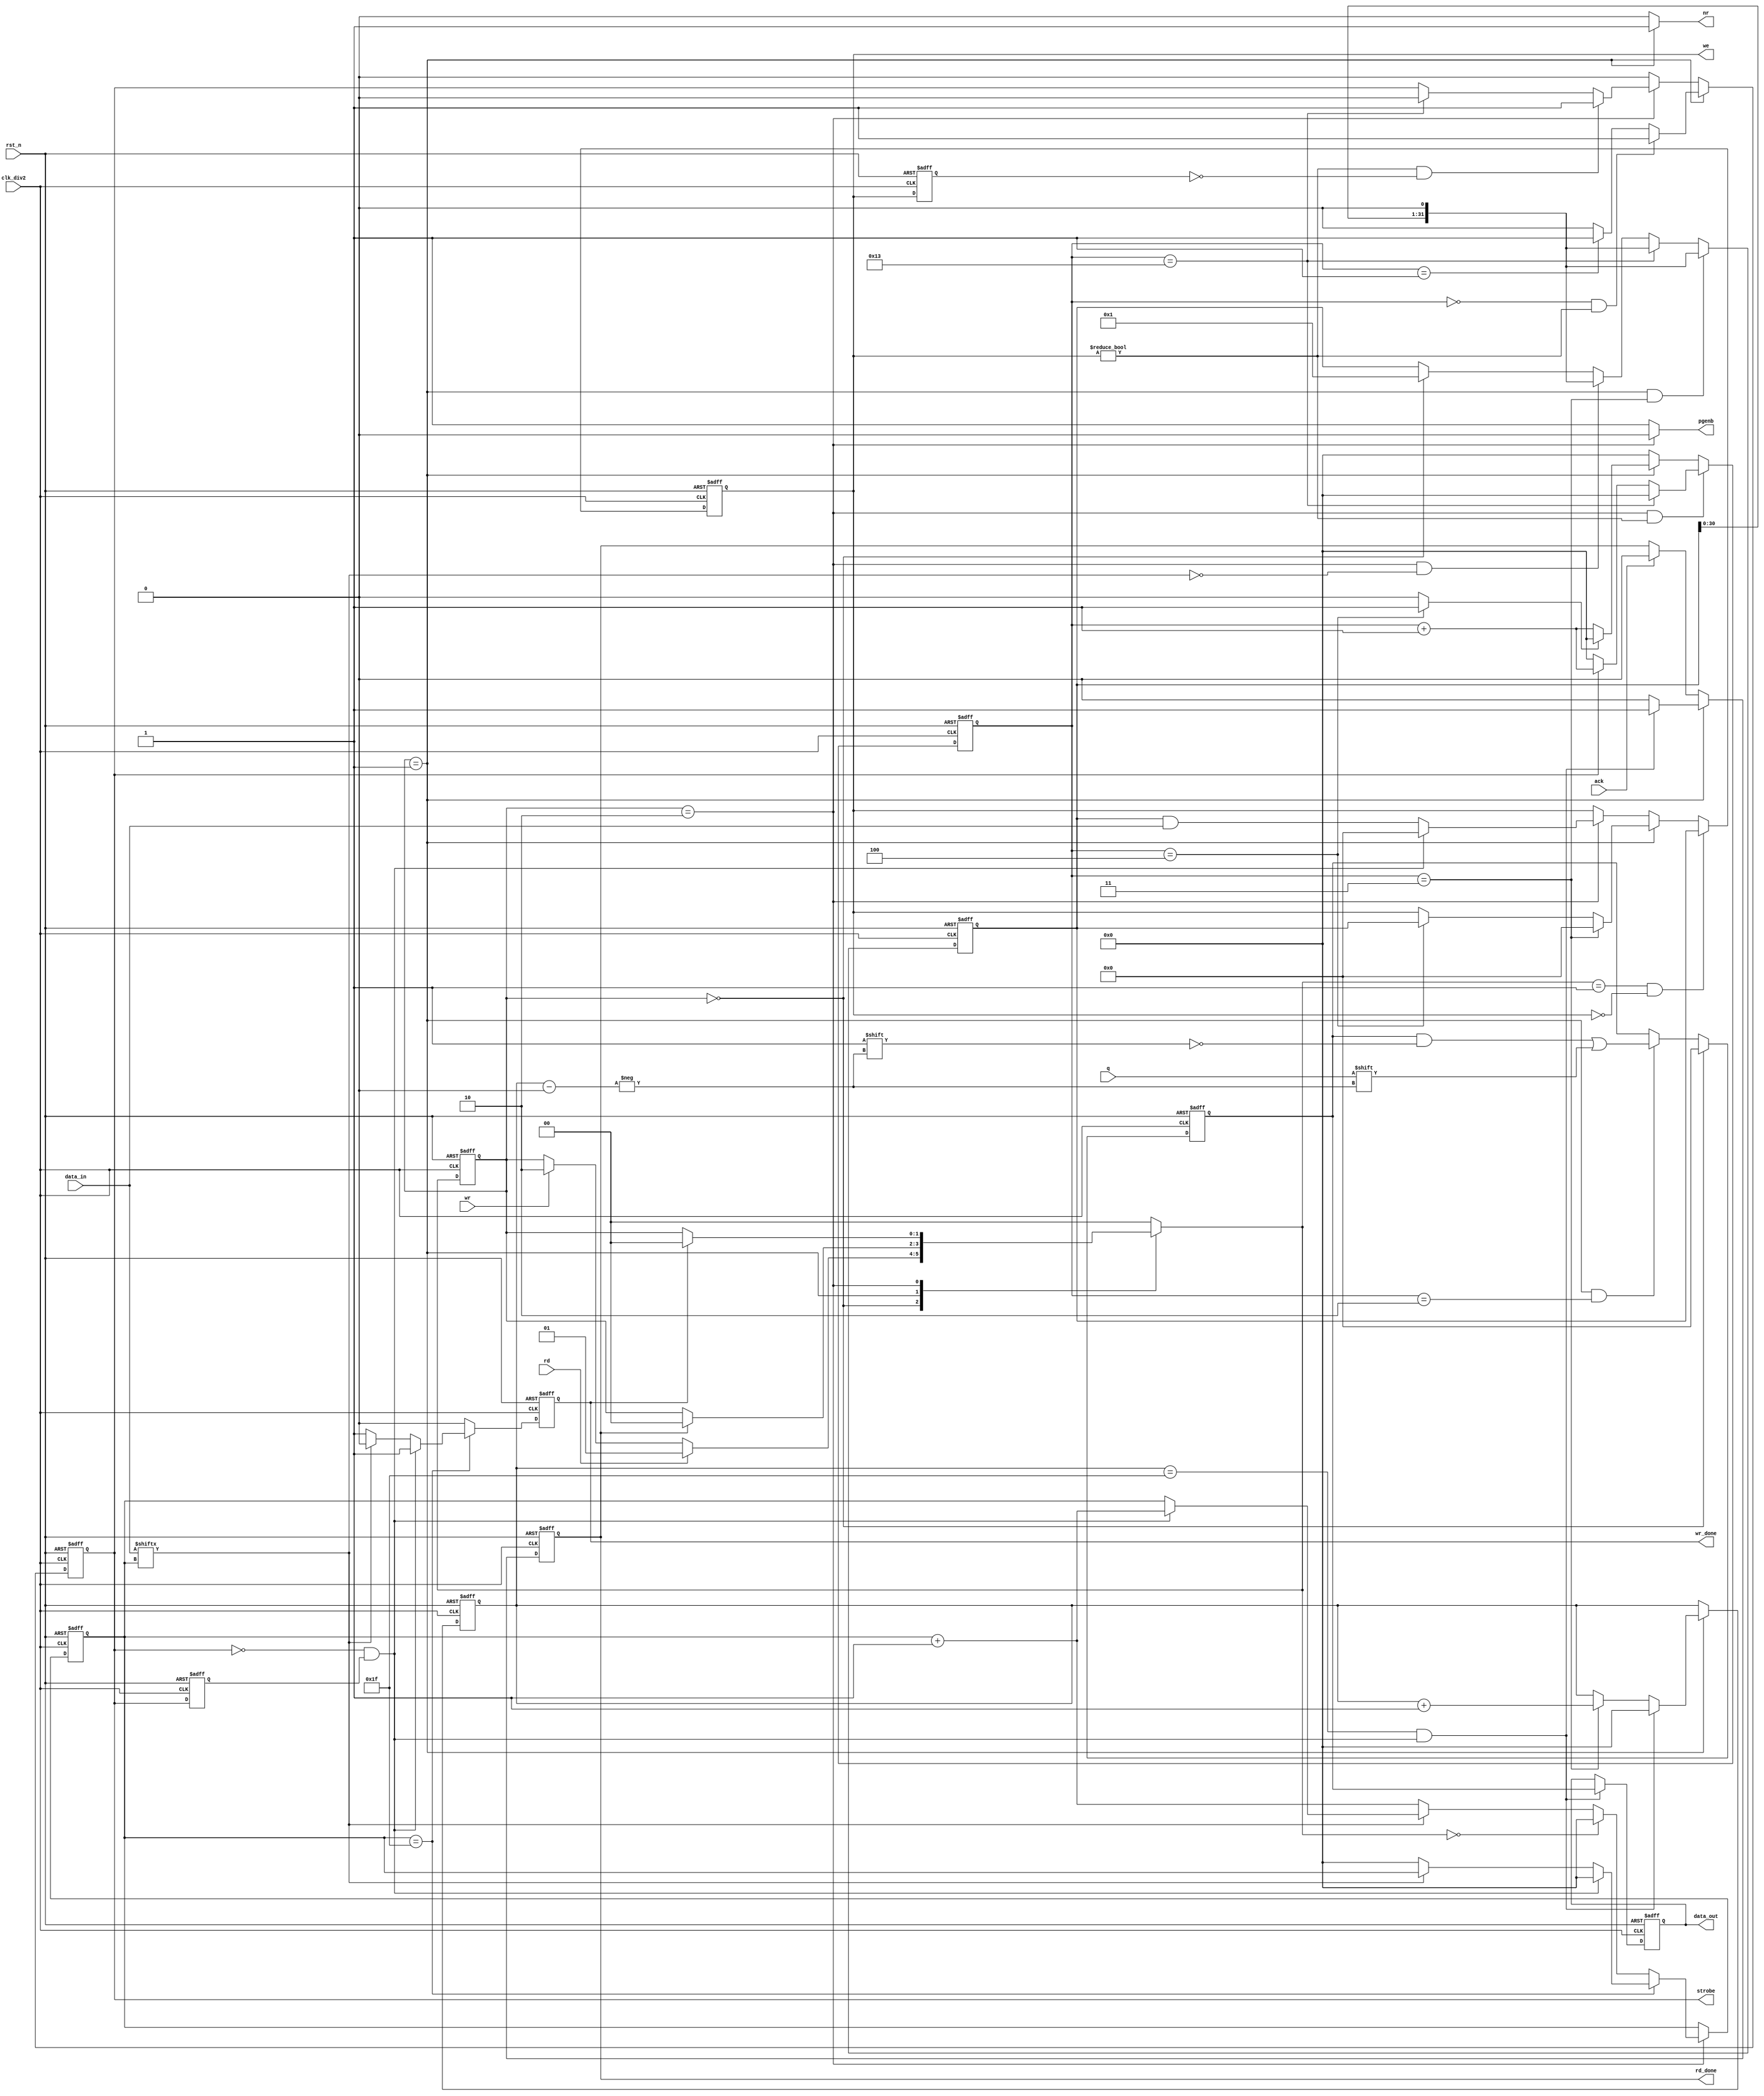
`timescale 1us / 1us
//////////////////////////////////////////////////////////////////////////////////
// Company: 
// 
// Design Name: 
// Module Name: efuse_controller
// Project Name: 
// Target Devices: 
// Tool Versions: 
// Description: 
// 
// Dependencies: 
// 
// Revision:
// Revision 0.02 - File Created
// Additional Comments:
// 
//////////////////////////////////////////////////////////////////////////////////
module efuse_controller #(parameter M=32) (

    //controller from main state machine 
    
    input rst_n ,
    input clk_div2,
    input wr    ,
    input rd    ,
    input ack   ,
    input [M-1:0] data_in       ,
    output  reg [M-1:0] data_out,

    // controller to  efuse
    input  q,
    output reg pgenb,
    output reg nr,
    output reg strobe,
    output reg [M-1:0] we,
    //output wire vdd5v,
    
    // controller to  main state machine
    output reg rd_done,
    output reg wr_done
    );



    reg [M-1:0] temp            ;
    reg [M-1:0] we_d0           ;
    reg [M-1:0] data_out_temp   ;
    reg [1:0] state_c           ;
    reg [1:0] state_n           ;
    reg [4:0] cnt_t_pgm         ;  
    reg [4:0] cnt_pgm           ;
    reg [4:0] cnt_read          ;

    reg strobe_d0   ;
    wire we_rise    ;
    wire strobe_fall;

   //FSM states 
    localparam WAIT = 2'b00 ;
    localparam READ = 2'b01 ;
    localparam PGM  = 2'b10 ;

    always @(posedge clk_div2 or negedge rst_n) begin
        if(!rst_n)
            state_c <= WAIT   ;
        else
            state_c <= state_n;
    end

    always @(*) begin
        case(state_c)
            WAIT:begin
                if(rd)
                    state_n = READ;
                else if(wr)
                    state_n = PGM;
                else
                    state_n = state_c;
            end
            READ:begin
                if(rd_done)
                    state_n = WAIT;
                else
                    state_n = state_c;
            end
            PGM:begin
                if(wr_done)
                    state_n = WAIT;
                else 
                    state_n = state_c;
            end
            default:state_n = WAIT;
        endcase
    end

    always @(*) begin
        case(state_c)
            WAIT:begin
                pgenb = 1'b1;
                nr    = 1'b0;
            end
            READ:begin
                pgenb = 1'b1;
                nr    = 1'b1;
            end
            PGM:begin
                pgenb = 1'b0;
                nr    = 1'b0;
            end
            default:begin
                pgenb = 1'b1;               
                nr    = 1'b0;           
            end
        endcase
    end

    always @(posedge clk_div2 or negedge rst_n) begin
        if(!rst_n)
            strobe <= 1'b0;
        else if(state_c==READ)begin
            if(cnt_t_pgm=='d0&&we!='d0)
                strobe <= 1'b1;
            else if(cnt_t_pgm=='d1)
                strobe <= 1'b1;
            else 
                strobe <= 1'b0; 
        end
        else if(state_c==PGM)begin
            if(we_rise)
                strobe <= 1'b1;
            else if(cnt_t_pgm =='d19)
                strobe <= 1'b0;            
        end
        else
            strobe <= 1'b0;
    end

    always @(posedge clk_div2 or negedge rst_n) begin
        if(!rst_n)begin
            data_out <= 'd0;
        end
        else if((cnt_read == 'd31)&&(strobe_fall))
            data_out <= data_out_temp;
        else 
            data_out <= data_out;
    end

    always @(posedge clk_div2 or negedge rst_n) begin
        if(!rst_n)begin
            strobe_d0 <= 1'b0;
        end
        else begin
            strobe_d0 <= strobe;
        end

    end

    always @(posedge clk_div2 or negedge rst_n) begin
        if(!rst_n)begin
            we_d0 <= 'd0;
        end
        else
            we_d0 <= we;
       
    end

    assign we_rise = (we!='d0&&we_d0 =='d0);
    assign strobe_fall = (!strobe && strobe_d0);

    /****************cnt_read_sign******************/
    // always @(posedge clk_div2 or negedge rst_n) begin
    //     if(!rst_n) begin
    //         cnt_read_sign <= 'd0;
    //     end
    //     else if(state_c==READ)begin
    //         if(cnt_read_sign == 'd4)
    //             cnt_read_sign <= 'd0;
    //         else
    //             cnt_read_sign <= cnt_read_sign + 'd1;
    //     end

    //     else 
    //         cnt_read_sign <= 'd0;
    // end

    /*****************cnt_pgm*****************/
    always @(posedge clk_div2 or negedge rst_n) begin
        if(!rst_n)begin
            cnt_pgm <=0;
        end
        else if(state_c == PGM) begin
            if(cnt_pgm == 5'd31) begin
                if(strobe_fall)
                    cnt_pgm <=0;
                else if(data_in[cnt_pgm]==0)
                    cnt_pgm <=0;
            end 
            else if(state_n == WAIT)
                cnt_pgm <=0;
            else if(data_in[cnt_pgm]==0)
                cnt_pgm <= cnt_pgm +1;
            else if(strobe_fall)
                cnt_pgm <= cnt_pgm +1;
            else 
                cnt_pgm <= cnt_pgm;
        end
    end


    wire sign_cnt_t_pgm;
    assign sign_cnt_t_pgm = (cnt_t_pgm==5'd4)?1'b1:1'b0;
    /**********T_PGM*********/
    always @(posedge clk_div2 or negedge rst_n) begin
        if(!rst_n)
            cnt_t_pgm <=0;
        else if(state_c == PGM&&we!='d0)
            if(cnt_t_pgm=='d19)
                cnt_t_pgm <= 'd0;
            else if(strobe)
                cnt_t_pgm <= cnt_t_pgm+1;
            else
                cnt_t_pgm<=0;
        else if(state_c == READ)begin
            if(sign_cnt_t_pgm)
                cnt_t_pgm <= 'd0;
            else
                cnt_t_pgm <= cnt_t_pgm + 'd1;
        end
        else 
            cnt_t_pgm <= 'd0;
    end

    /*****************wr_done*****************/
    always @(posedge clk_div2 or negedge rst_n) begin
        if(!rst_n)begin
            wr_done <= 0;
        end
        else if(cnt_pgm == 5'd31)begin
            if(strobe_fall)
                wr_done <= 1'b1;
            else if(data_in[cnt_pgm]==1'b0)
                wr_done <= 1'b1; 
            else
                wr_done <= 0 ;
        end        
        else if(ack)begin
            wr_done <= 0;
        end
        else 
            wr_done <= 0;
    end
    
    /*****************rd_done*****************/
      always @(posedge clk_div2 or negedge rst_n) begin
        if(!rst_n)
            rd_done <= 0;
        else if(state_c == READ)begin
            if(cnt_read == 5'd31&&strobe_fall)
                rd_done <= 1'b1; 
            else 
                rd_done <= 1'b0;
        end
        else if(ack)begin
             rd_done <= 0;
        end
    end
    

    /*************data_out_temp**************/

    always @(posedge clk_div2 or negedge rst_n) begin
        if(!rst_n)
            data_out_temp<= 'd0;
        else if(state_c == WAIT)
            data_out_temp<= 'd0;
        else if(state_c==READ&&cnt_t_pgm=='d2)
            data_out_temp[cnt_read] <= q;
        else
            data_out_temp <= data_out_temp;
    end

    always @(posedge clk_div2 or negedge rst_n) begin
        if(!rst_n)begin
            cnt_read <= 0;
        end
        else if(state_c==READ)begin
            if((cnt_read == 5'd31)&&(strobe_fall))
                cnt_read <= 'd0;
            else if(cnt_t_pgm=='d3)
                cnt_read <= cnt_read +1;
            else 
                cnt_read <= cnt_read;
        end
    end

    always @(posedge clk_div2 or negedge rst_n) begin
        if(!rst_n)
            we <= 'd0;
        else if(state_n == READ && we == 'd0)   
            we <= temp;        
        else if(state_c == READ)begin
            if(cnt_t_pgm=='d3)
                we <= 'd0;
            else if(cnt_t_pgm == 'd4)
                we <= temp;
            else 
                we <= we;
        end
        else if(state_c==PGM)begin
            if(strobe_fall)
                we <= 'd0;
            else
                we <= temp & data_in; 
        end
    end

    //temp shift operation  
    always @(posedge clk_div2 or negedge rst_n) begin
        if(!rst_n)
            temp <= 'd1;
        else if( state_c==READ&&cnt_t_pgm=='d3)
            temp <= temp<<1;                    
        else if(cnt_t_pgm=='d19) 
            temp <= temp<<1;
        else if(state_c == PGM && !data_in[cnt_pgm])
            temp <= temp<<1;
        else if(state_c == WAIT)
            temp <= 'd1;
        else
            temp <= temp;
    end


    
endmodule